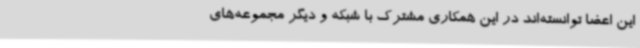
این اعضا توانسته‌اند در این همکاری مشترک با شبکه و دیگر مجموعه‌های